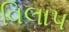
વિલાપ